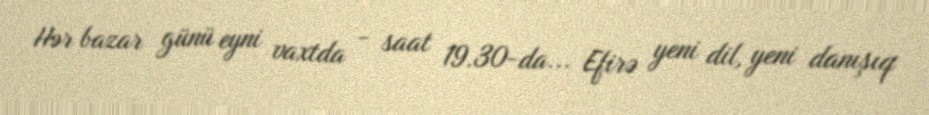
Hər bazar günü eyni vaxtda - saat 19.30-da... Efirə yeni dil, yeni danışıq